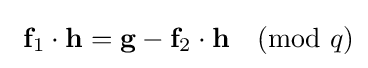
\ {\textbf {f}}_{1}\cdot {\textbf {h}}={\textbf {g}}-{\textbf {f}}_{2}\cdot {\textbf {h}}{\pmod {q}}